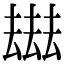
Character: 𠬑